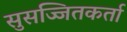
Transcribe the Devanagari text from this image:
सुसज्जितकर्ता